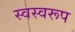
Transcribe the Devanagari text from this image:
स्वस्वरूप